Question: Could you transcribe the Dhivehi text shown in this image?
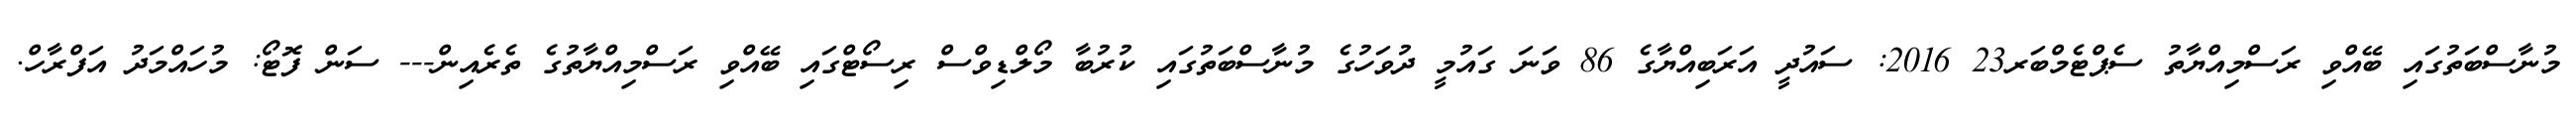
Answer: މުނާސްބަތުގައި ބޭއްވި ރަސްމިއްޔާތު ސެޕްޓެމްބަރ23 2016: ސައުދީ އަރަބިއްޔާގެ 86 ވަނަ ގައުމީ ދުވަހުގެ މުނާސްބަތުގައި ކުރުބާ މޯލްޑިވްސް ރިސޯޓްގައި ބޭއްވި ރަސްމިއްޔާތުގެ ތެރެއިން--- ސަން ފޮޓޯ: މުހައްމަދު އަފްރާހް.